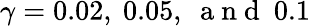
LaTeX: \gamma=0.02,~0.05,~\mathrm{~a~n~d~}~0.1